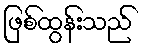
ဖြစ်ထွန်းသည်